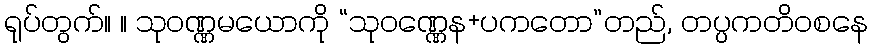
ရုပ်တွက်။ ။ သုဝဏ္ဏမယောကို “သုဝဏ္ဏေန+ပကတော”တည်, တပ္ပကတိဝစနေ